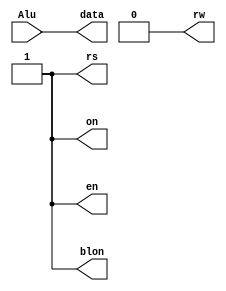
`timescale 1ns/1ps
//////////////////////////////////////////////////////////////////////////////////
// Company: University of Moratuwa
// 
// Design Name: 
// Module Name: CPU
// Project Name: 
// Target Devices: 
// Tool Versions: 
// Description: 
// 
// Dependencies: 
// 
// Revision:
// Revision 0.01 - File Created
// Additional Comments:
// 
//////////////////////////////////////////////////////////////////////////////////

module LCD (Alu, rw, rs, en, data, on, blon);

	input [7:0] Alu;
	output reg rw, rs, en;
	output on, blon;
	
	output reg [7:0] data;
	

	assign on = 1'b1;
	
	assign blon = 1'b1;
	
	
	always@(Alu)
		begin
			
			data<= Alu;
			rw=1'b0;
			rs = 1'b1;
			en = 1'b1;

			
		end
	
	


	

	
endmodule